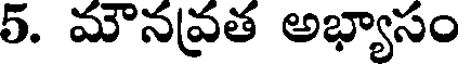
5. మౌనవ్రత అభ్యాసం